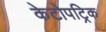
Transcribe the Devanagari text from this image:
केटोपट्रिक